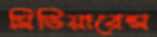
সিভিয়ারেন্স